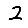
Digit: 2